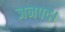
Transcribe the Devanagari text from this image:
जनपद।